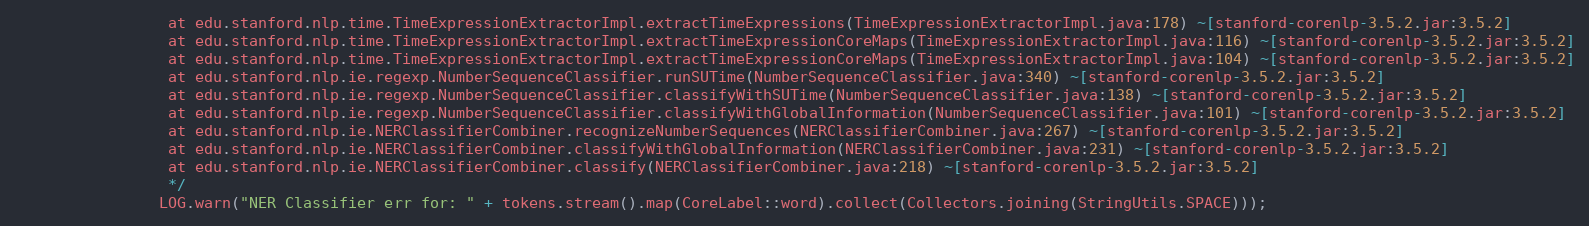
Language: Java
                 at edu.stanford.nlp.time.TimeExpressionExtractorImpl.extractTimeExpressions(TimeExpressionExtractorImpl.java:178) ~[stanford-corenlp-3.5.2.jar:3.5.2]
                 at edu.stanford.nlp.time.TimeExpressionExtractorImpl.extractTimeExpressionCoreMaps(TimeExpressionExtractorImpl.java:116) ~[stanford-corenlp-3.5.2.jar:3.5.2]
                 at edu.stanford.nlp.time.TimeExpressionExtractorImpl.extractTimeExpressionCoreMaps(TimeExpressionExtractorImpl.java:104) ~[stanford-corenlp-3.5.2.jar:3.5.2]
                 at edu.stanford.nlp.ie.regexp.NumberSequenceClassifier.runSUTime(NumberSequenceClassifier.java:340) ~[stanford-corenlp-3.5.2.jar:3.5.2]
                 at edu.stanford.nlp.ie.regexp.NumberSequenceClassifier.classifyWithSUTime(NumberSequenceClassifier.java:138) ~[stanford-corenlp-3.5.2.jar:3.5.2]
                 at edu.stanford.nlp.ie.regexp.NumberSequenceClassifier.classifyWithGlobalInformation(NumberSequenceClassifier.java:101) ~[stanford-corenlp-3.5.2.jar:3.5.2]
                 at edu.stanford.nlp.ie.NERClassifierCombiner.recognizeNumberSequences(NERClassifierCombiner.java:267) ~[stanford-corenlp-3.5.2.jar:3.5.2]
                 at edu.stanford.nlp.ie.NERClassifierCombiner.classifyWithGlobalInformation(NERClassifierCombiner.java:231) ~[stanford-corenlp-3.5.2.jar:3.5.2]
                 at edu.stanford.nlp.ie.NERClassifierCombiner.classify(NERClassifierCombiner.java:218) ~[stanford-corenlp-3.5.2.jar:3.5.2]
                 */
                LOG.warn("NER Classifier err for: " + tokens.stream().map(CoreLabel::word).collect(Collectors.joining(StringUtils.SPACE)));